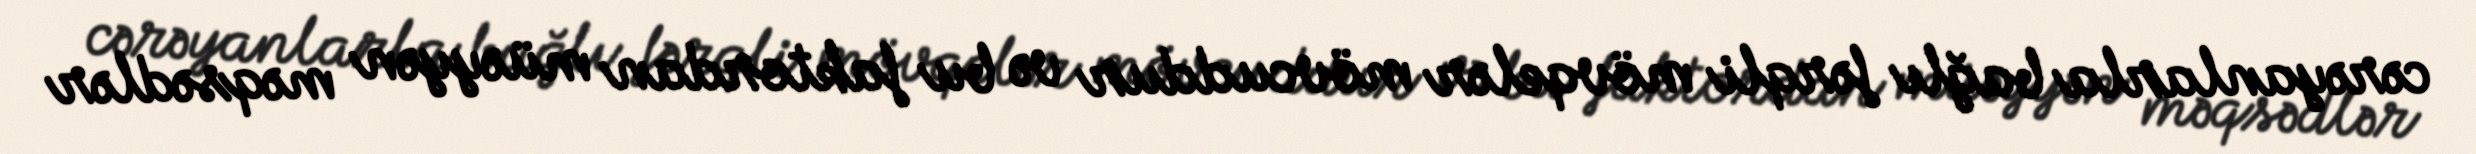
cərəyanlarla bağlı fərqli mövqelər mövcuddur və bu faktordan müəyyən məqsədlər